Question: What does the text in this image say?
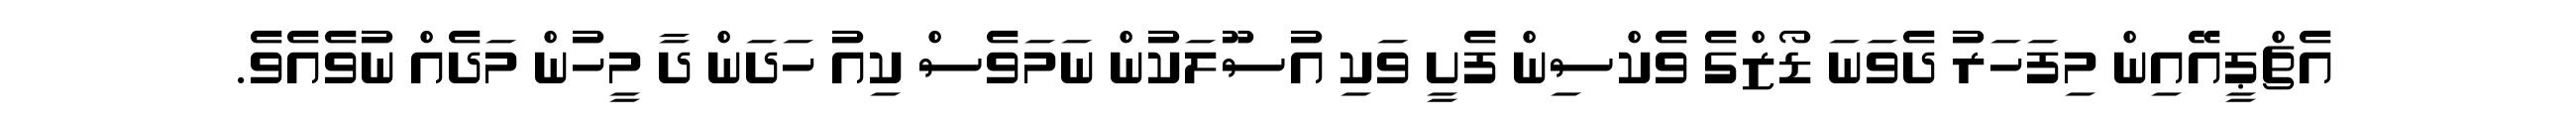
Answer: އެޗްޕީއޭއިން މިފަހަރު ދެވަނަ ޑޯޒްގެ ވެކްސިން ފެށީ ވަކި އުސޫލަކުން ނަމަވެސް ކިއު ހަދަން ދާ މީހުން މަދެއް ނުވެއެވެ.